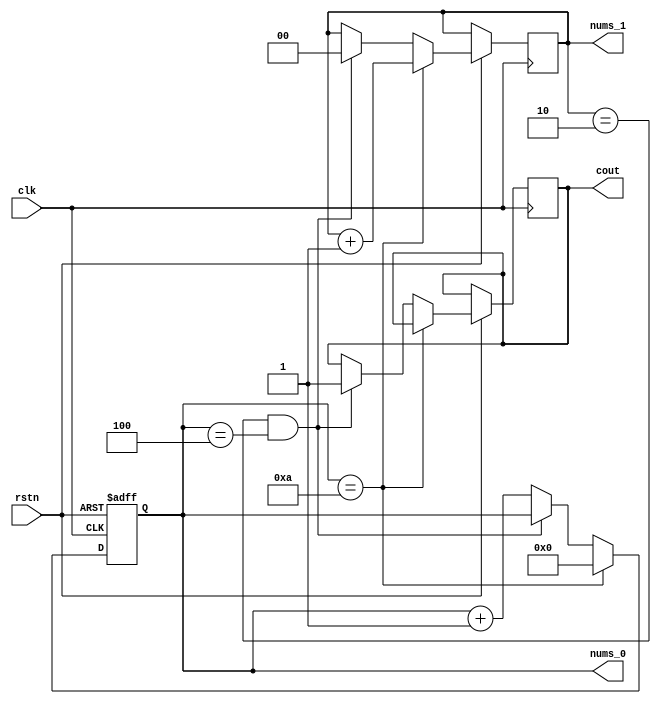
module h_timer (
    input clk,
    input rstn,
    output reg [3:0] nums_0, 
    output reg [1:0] nums_1,
    output reg cout 

);

initial begin
    nums_0 <= 4'b0000;
    nums_1 <= 3'b00;
    cout <= 0;
end

always @(posedge clk or negedge rstn) begin
    if (!rstn) 
        begin
            nums_0 <= 4'b0000;
        end
    else if(nums_0 == 4'b1010)
        begin
            nums_1 <= nums_1 + 4'b0001;
            nums_0 <= 4'b0000;
        end
    else if(nums_1 == 2'b10 && nums_0 == 3'b100) begin
        nums_1 <= 0;
        cout <= 1;
    end
    else
        begin
            nums_0 <= nums_0 + 4'b0001;
        end
end

endmodule //timer